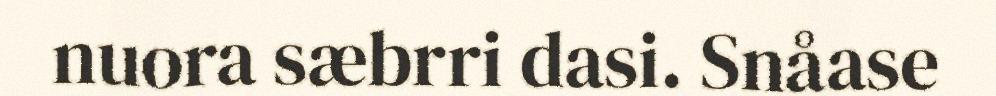
nuora sæbrri dasi. Snåase